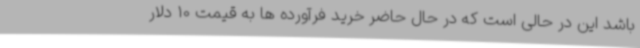
باشد این در حالی است که در حال حاضر خرید فرآورده ها به قیمت 10 دلار